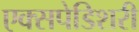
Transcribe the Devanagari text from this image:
एक्सपेडिशरी